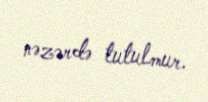
nəzərdə tutulmur.